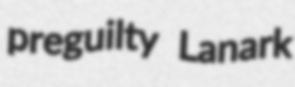
preguilty Lanark